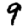
Digit: 9